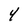
Character: 4